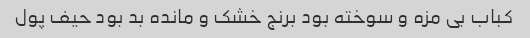
کباب بی مزه و سوخته بود برنج خشک و مانده بد بود حیف پول